Insane asylums in Bengal annual reports 1867-1875 - 1867-1875
Year: 1867
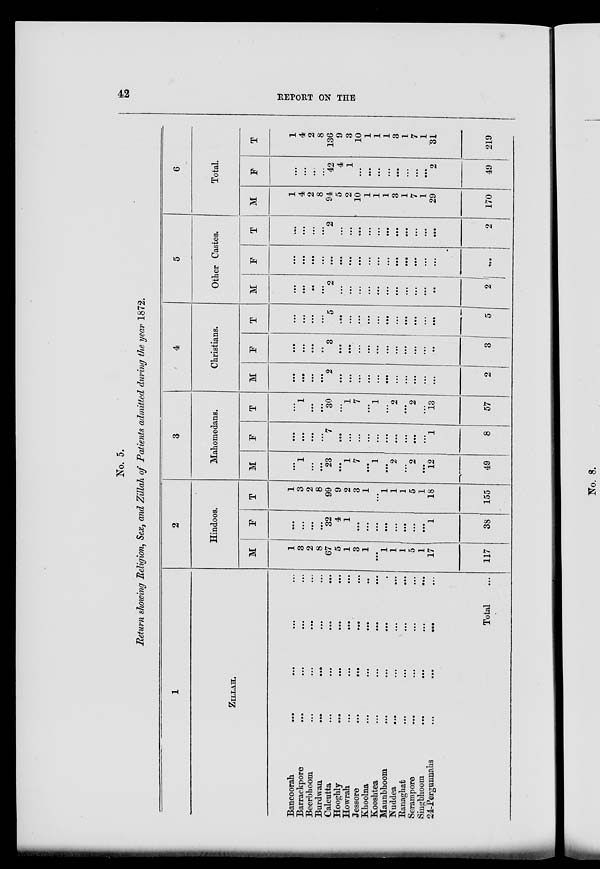
42
REPORT ON THE
No. 5.
Return showing Religion, Sex, and Zillah of Patients admitted during the year 1872.
1
ZILLAH.
Bancoorah
...
...
...
...
Barrackpore ... ... ... ...
Beerbhoom ... ... ... ...
Burdwan
...
...
...
...
Calcutta
...
...
...
...
Hooglily
...
...
...
...
Howrah
...
...
...
...
Jessore
...
...
...
...
Khoolna
...
...
...
...
Kooshtea
...
...
...
...
Maunbhoom ... ... ... ...
Nuddea
...
...
...
...
Ranaghat
...
...
...
...
Serampore ... ... ... ...
Singbhoom ... ... ... ...
24-Pergunnahs
...
...
...
...
Total ...
2
Hindoos.
M
1
3
2
8
67
5
1
3
1
...
1
1
1
5
1
17
117
F
...
...
...
...
32
4
1
...
...
...
...
...
...
...
...
1
38
T
1
3
2
8
99
9
2
3
1
...
1
1
1
5
1
18
155
3
Mahomedans.
M
...
1
...
...
23
...
1
7
...
1
...
2
...
2
...
12
49
F
...
...
...
...
7
...
...
...
...
...
...
...
...
...
...
1
8
T
...
1
...
...
30
...
1
7
...
1
...
2
...
2
...
13
57
4
Christians.
M
...
...
...
...
2
...
...
...
...
...
...
...
...
...
...
...
2
F
...
...
...
...
3
...
...
...
...
...
... ...
...
...
...
...
3
T
...
...
...
...
5
...
...
...
...
...
...
...
...
...
...
...
5
5
Other Castes.
M
...
...
...
...
2
...
...
...
...
...
...
...
...
...
...
...
2
F
...
...
...
...
...
...
...
...
...
...
...
...
...
...
...
...
...
T
...
...
...
...
2
...
...
...
...
...
...
...
...
...
...
...
2
6
Total.
M
1
4
2
8
94
5
2
10
1
1
1
3
1
7
1
29
170
F
...
...
...
...
42
4
1
...
...
...
...
...
...
...
...
2
49
T
1
4
2
8
136
9
3
10
1
1
1
3
1
7
1
31
219